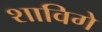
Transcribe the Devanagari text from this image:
शाविगे